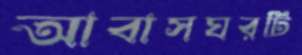
আবাসঘরটি